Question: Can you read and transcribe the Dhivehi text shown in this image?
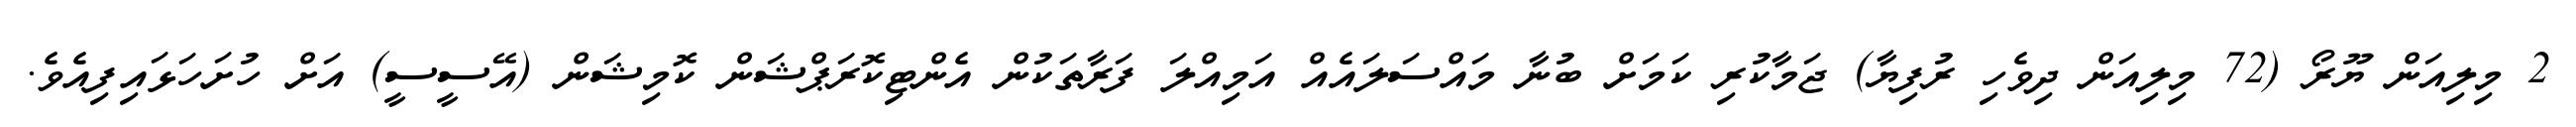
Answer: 2 މިލިއަން ޔޫރޯ (72 މިލިއަން ދިވެހި ރުފިޔާ) ޖަމާކުރި ކަމަށް ބުނާ މައްސަލައެއް އަމިއްލަ ފަރާތަކުން އެންޓިކޮރަޕްޝަން ކޮމިޝަން (އޭސީސީ) އަށް ހުށަހަޅައިފިއެވެ.